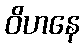
ဝိဟနေ